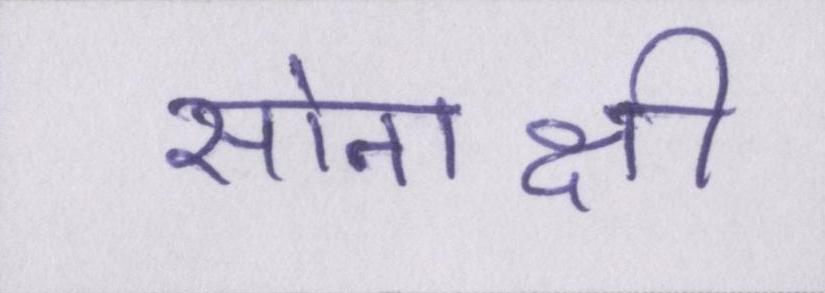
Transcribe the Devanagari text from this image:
सोनाक्षी